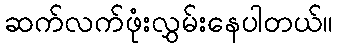
ဆက်လက်ဖုံးလွှမ်းနေပါတယ်။